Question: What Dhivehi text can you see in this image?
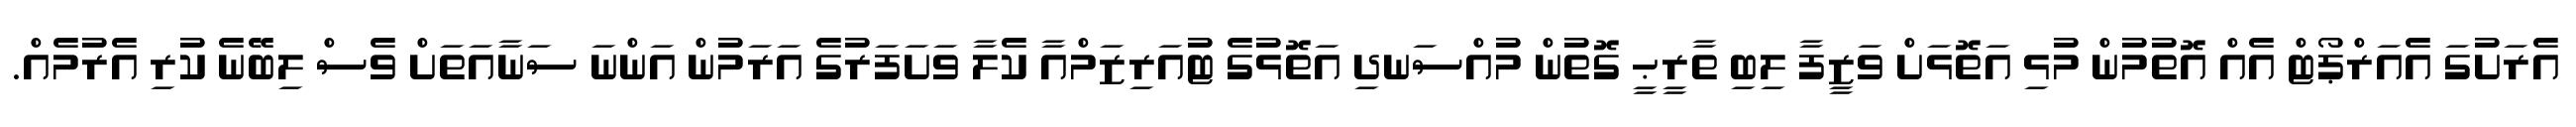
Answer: އެރަށުގަ އެއަރްޕޯޓް އެއް އޮތުމުން މުޅި އަތޮޅަށް ވަޒީފާ ލިބި ތާރީޙީ ގޮތުން މުއްސަނދި އަތޮޅުގެ ޓުއަރިޒަމްއާ ކެލާ ވަށަފަރުގެ އަރަމުން އަންނަ ސަނާއަތަށް ވެސް ލިބޭނެ ކުރި އެރުމެއް.